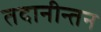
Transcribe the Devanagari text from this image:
तदानीन्तन